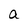
Character: a